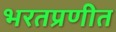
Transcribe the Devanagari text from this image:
भरतप्रणीत